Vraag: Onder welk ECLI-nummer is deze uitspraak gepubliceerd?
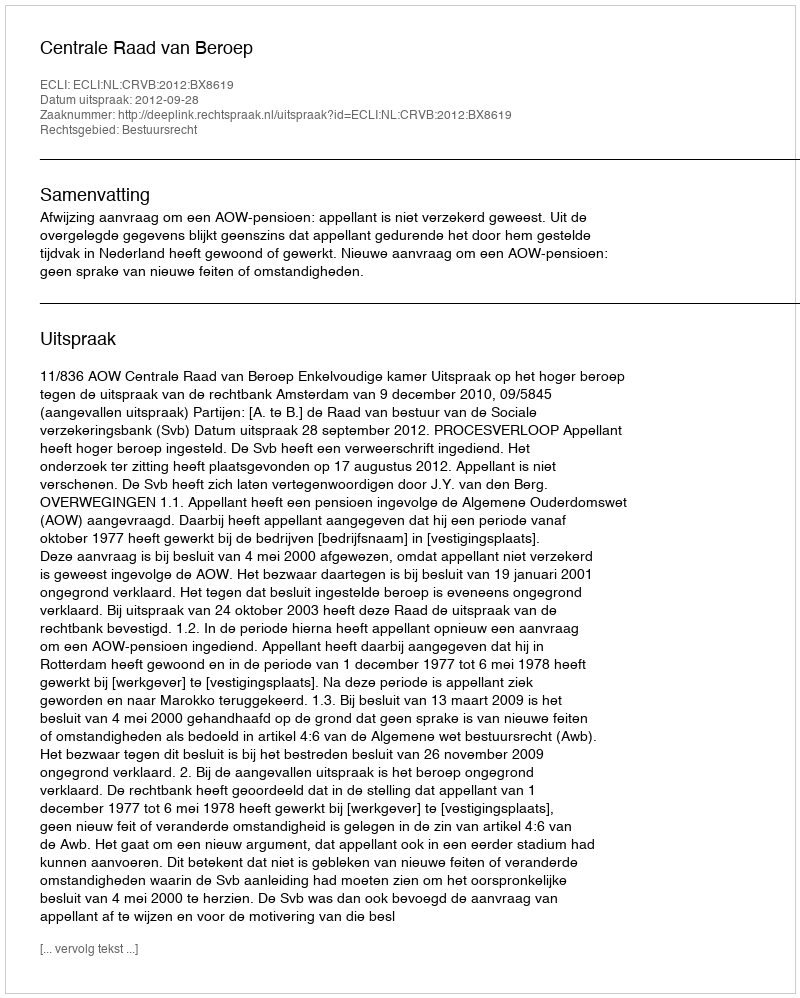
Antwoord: ECLI:NL:CRVB:2012:BX8619